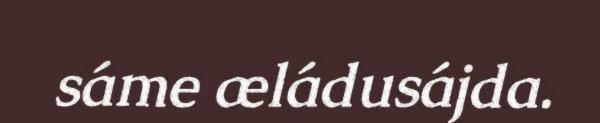
sáme æládusájda.